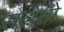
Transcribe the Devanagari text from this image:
सलेंतो